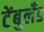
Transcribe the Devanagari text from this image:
टेंबुलँड